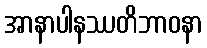
အာနာပါနဿတိဘာဝနာ